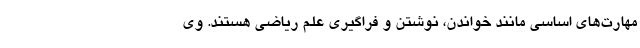
مهارت‌های اساسی مانند خواندن، نوشتن و فراگیری علم ریاضی هستند. وی